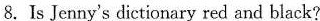
8. Is Jenny's dictionary red and black?